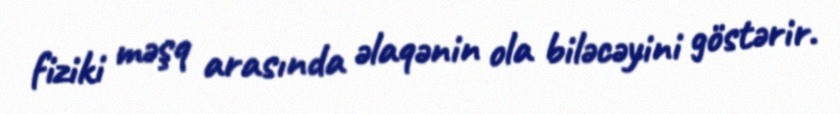
fiziki məşq arasında əlaqənin ola biləcəyini göstərir.